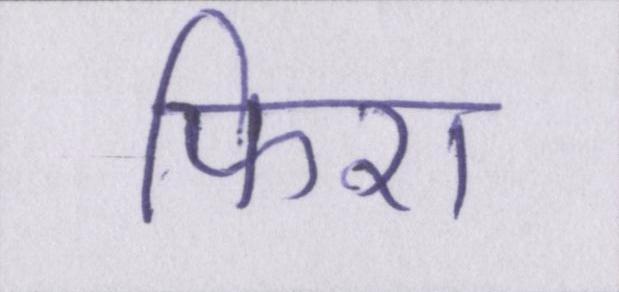
फिरा